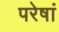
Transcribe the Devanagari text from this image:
परेषां